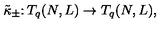
\tilde { \kappa } _ { \pm } \colon T _ { q } ( N , L ) \rightarrow T _ { q } ( N , L ) ,